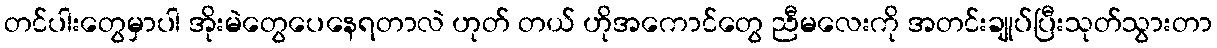
တင်ပါးတွေမှာပါ အိုးမဲတွေပေနေရတာလဲ ဟုတ် တယ် ဟိုအကောင်တွေ ညီမလေးကို အတင်းချုပ်ပြီးသုတ်သွားတာ